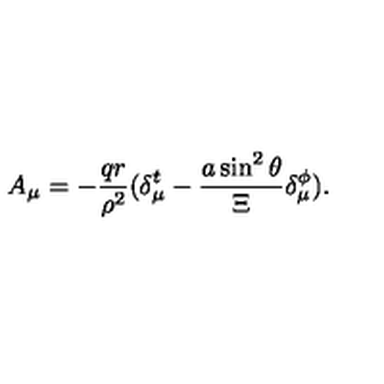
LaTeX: A _ { \mu } = - \frac { q r } { \rho ^ { 2 } } ( \delta _ { \mu } ^ { t } - \frac { a \sin ^ { 2 } \theta } \Xi \delta _ { \mu } ^ { \phi } ) .